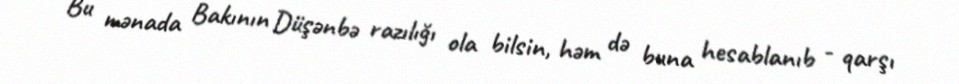
Bu mənada Bakının Düşənbə razılığı ola bilsin, həm də buna hesablanıb - qarşı